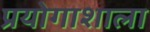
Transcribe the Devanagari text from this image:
प्रयोगाशाला